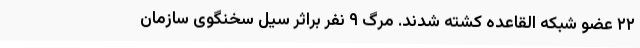
۲۲ عضو شبکه القاعده کشته شدند. مرگ ۹ نفر براثر سیل سخنگوی سازمان